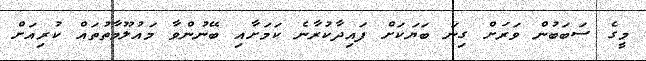
މީގެ ސަބަބުން ވަރަށް ގިނަ ބަޔަކަށް ފައިދާކުރާނެ ކަމަށާއި ބޭނުންވާ މައުލޫމާތުތައް ކުރިއަށް